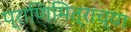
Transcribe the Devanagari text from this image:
प्राणिमित्रांच्या